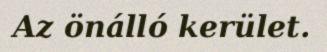
Az önálló kerület.